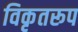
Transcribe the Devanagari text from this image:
विकृतरूप